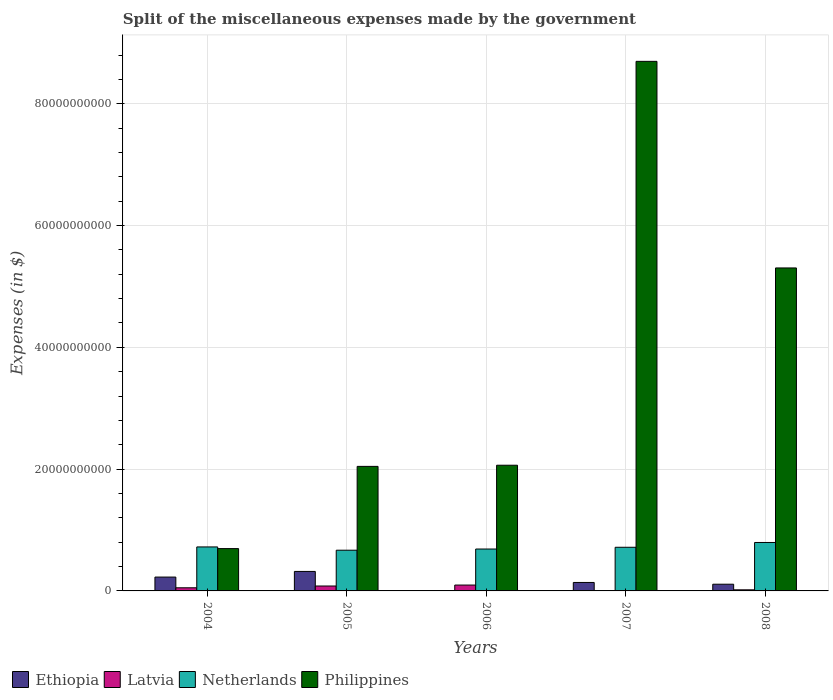
| Years | Ethiopia | Latvia | Netherlands | Philippines |
 | --- | --- | --- | --- | --- |
 | 2004 | 2.27e+09 | 5.13e+08 | 7.22e+09 | 6.95e+09 |
 | 2005 | 3.2e+09 | 8.06e+08 | 6.69e+09 | 2.04e+10 |
 | 2006 | 6.2e+06 | 9.62e+08 | 6.88e+09 | 2.06e+10 |
 | 2007 | 1.39e+09 | 1.14e+07 | 7.17e+09 | 8.7e+10 |
 | 2008 | 1.1e+09 | 1.8e+08 | 7.96e+09 | 5.3e+10 |